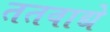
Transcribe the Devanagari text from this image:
ततवाद्ये